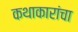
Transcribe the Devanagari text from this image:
कथाकारांचा